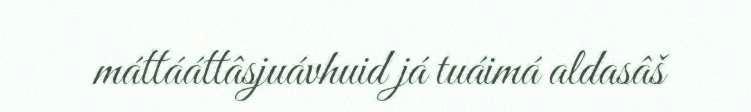
máttááttâsjuávhuid já tuáimá aldasâš